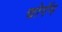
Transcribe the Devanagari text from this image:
चोगॅम